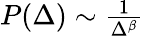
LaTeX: \begin{array}{r}{P(\Delta)\sim\frac{1}{\Delta^{\beta}}}\end{array}